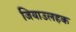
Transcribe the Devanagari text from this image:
जियाउलहक